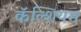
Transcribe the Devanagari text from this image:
कॅॅल्शियम